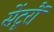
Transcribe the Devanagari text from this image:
सेंटूरौं